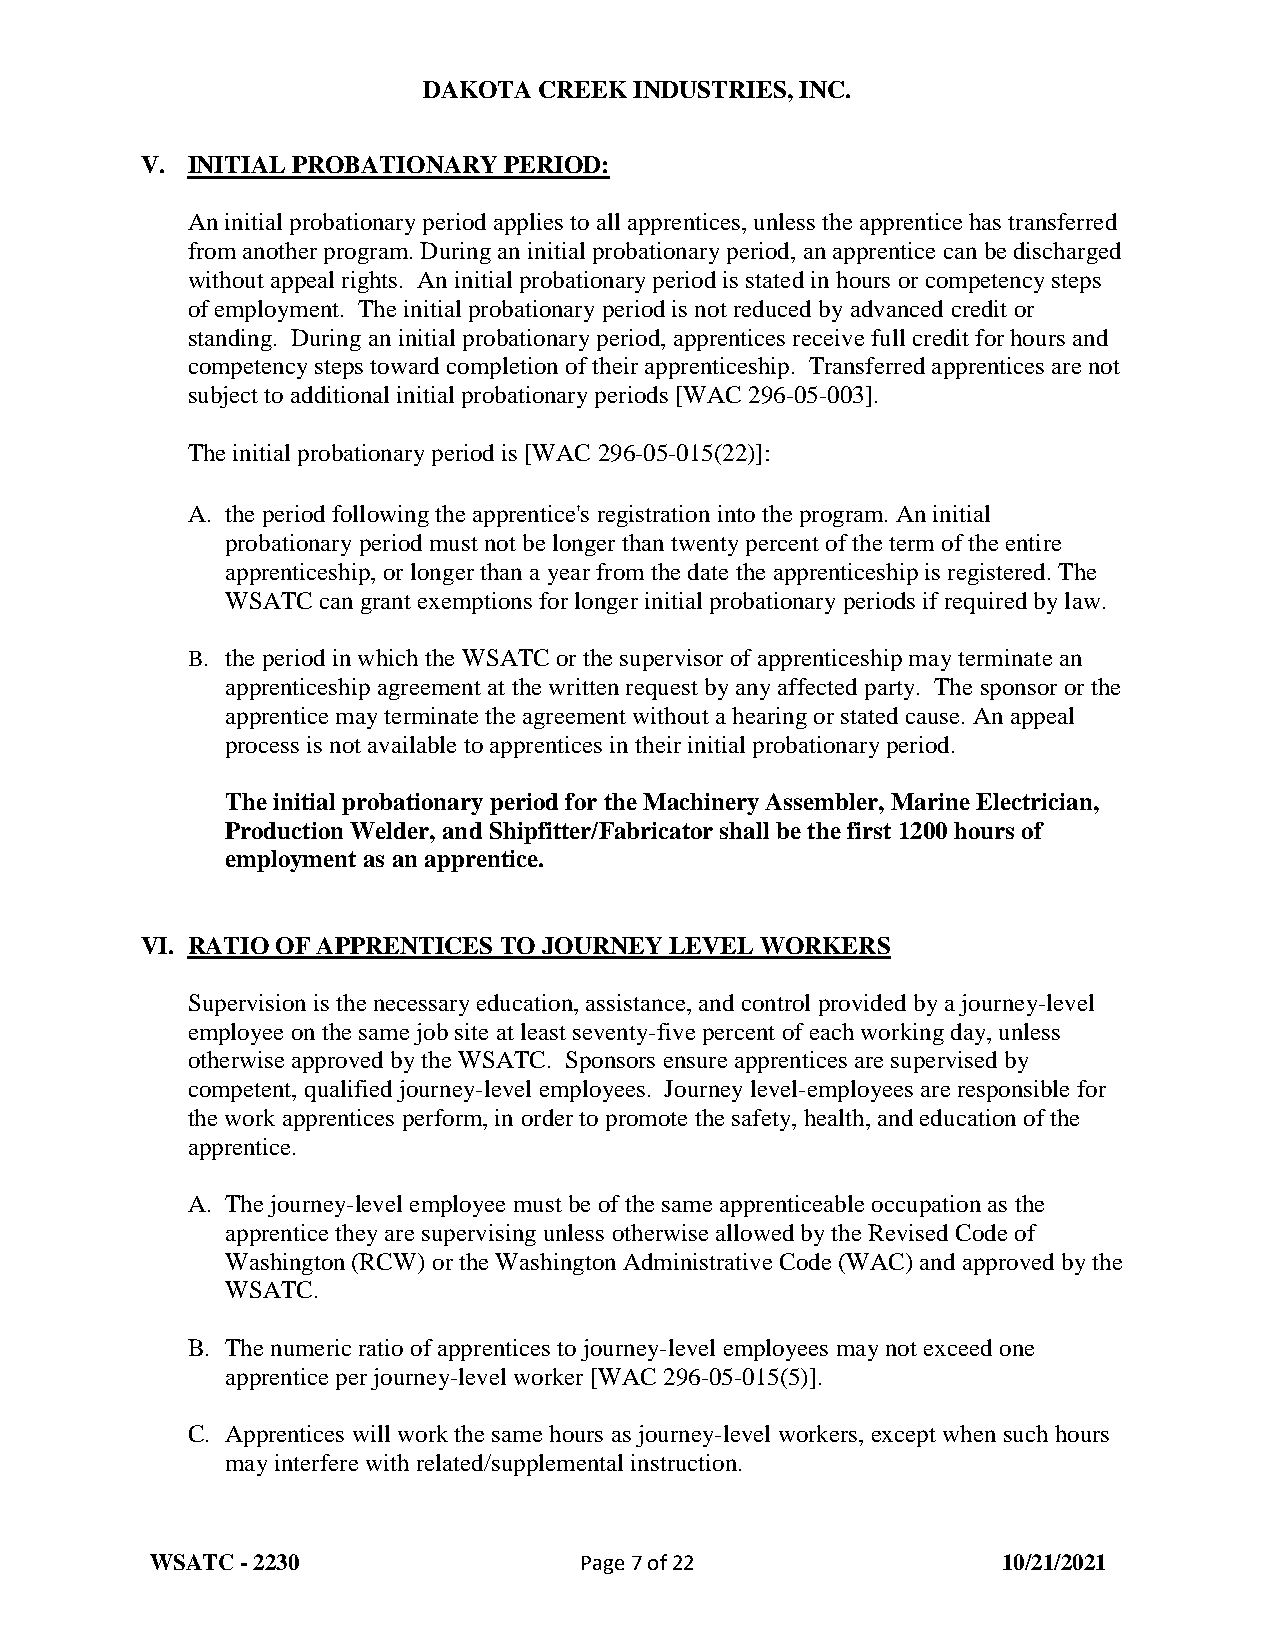
DAKOTA  CREEK INDUSTRIES, INC.
 V. INITIAL PROBATIONARY PERIOD:
 An initial probationary period applies to all apprentices, unless the apprentice has transferred
 from another program. During an initial probationary period, an apprentice can be discharged
 without appeal rights. An initial probationary period is stated in hours or competency steps
 of employment. The initial probationary period is not reduced by advanced credit or
 standing. During an initial probationary period, apprentices receive full credit for hours and
 competency steps toward completion of their apprenticeship. Transferred apprentices are not
 subject to additional initial probationary periods [WAC 296-05-003].
 The initial probationary period is [WAC 296-05-015(22)]:
 A. the period following the apprentice's registration into the program. An initial
 probationary period must not be longer than twenty percent of the term of the entire
 apprenticeship, or longer than a year from the date the apprenticeship is registered. The
 WSATC can grant exemptions for longer initial probationary periods if required by law.
 B. the period in which the WSATC or the supervisor of apprenticeship may terminate an
 apprenticeship agreement at the written request by any affected party. The sponsor or the
 apprentice may terminate the agreement without a hearing or stated cause. An appeal
 process is not available to apprentices in their initial probationary period.
 The initial probationary period for the Machinery Assembler, Marine Electrician,
 Production Welder, and Shipfitter/Fabricator shall be the first 1200 hours of
 employment as an apprentice.
 VI. RATIO OF APPRENTICES TO JOURNEY LEVEL WORKERS
 Supervision is the necessary education, assistance, and control provided by a journey-level
 employee on the same job site at least seventy-five percent of each working day, unless
 otherwise approved by the WSATC. Sponsors ensure apprentices are supervised by
 competent, qualified journey-level employees. Journey level-employees are responsible for
 the work apprentices perform, in order to promote the safety, health, and education of the
 apprentice.
 A. The journey-level employee must be of the same apprenticeable occupation as the
 apprentice they are supervising unless otherwise allowed by the Revised Code of
 Washington (RCW) or the Washington Administrative Code (WAC) and approved by the
 WSATC.
 B. The numeric ratio of apprentices to journey-level employees may not exceed one
 apprentice per journey-level worker [WAC 296-05-015(5)].
 C. Apprentices will work the same hours as journey-level workers, except when such hours
 may interfere with related/supplemental instruction.
 WSATC - 2230                Page 7 of 22                10/21/2021